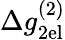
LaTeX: \Delta g_{\mathrm{2el}}^{(2)}